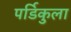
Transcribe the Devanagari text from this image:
पर्डिकुला